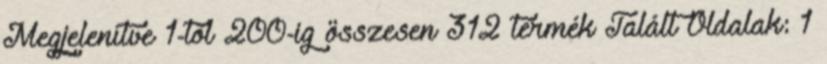
Megjelenítve 1-tõl 200-ig összesen 312 termék Talált Oldalak: 1